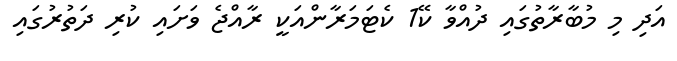
އަދި މި މުބާރާތުގައި ދުއްވާ ކޭ1 ކެޓަމަރާންއަކީ ރާއްޖެ ވަށައި ކުރި ދަތުރުގައި